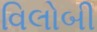
વિલોબી